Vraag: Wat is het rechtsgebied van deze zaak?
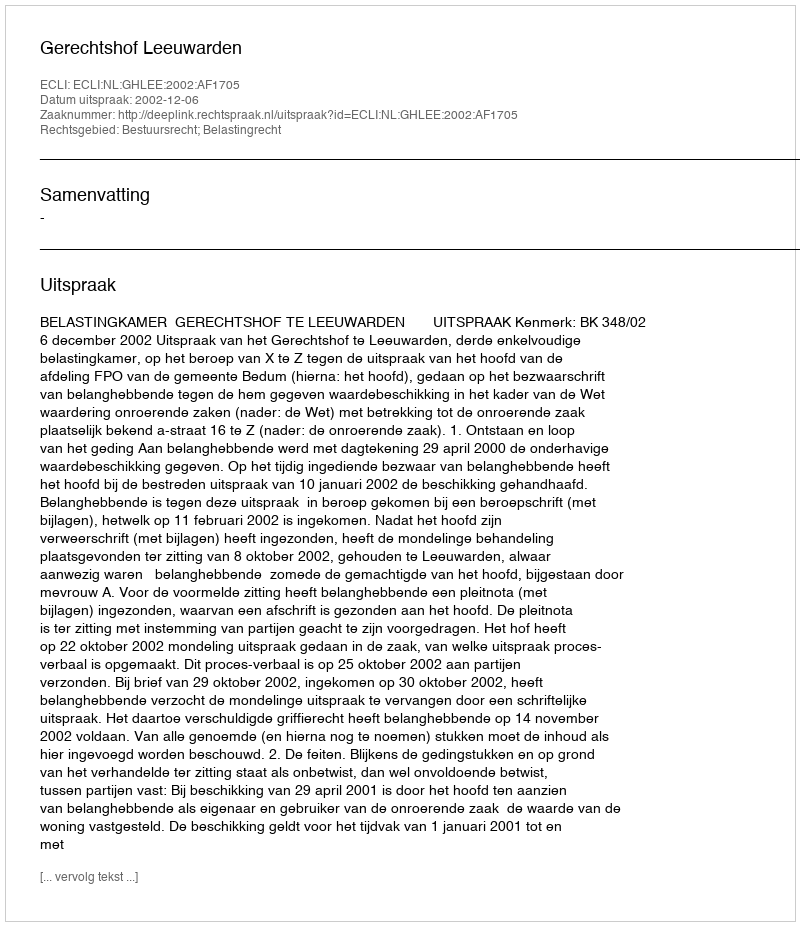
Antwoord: Bestuursrecht; Belastingrecht